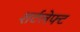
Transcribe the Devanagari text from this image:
शर्टलेफ्ट